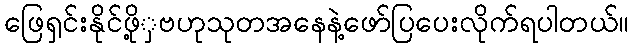
ဖြေရှင်းနိုင်ဖို့ှဗဟုသုတအနေနဲ့ဖော်ပြပေးလိုက်ရပါတယ်။